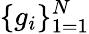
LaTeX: \{ g_{i}\} _{1=1}^{N}